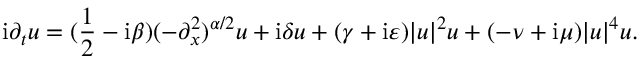
\mathrm { i } \partial _ { t } u = ( \frac { 1 } { 2 } - \mathrm { i } \beta ) ( - \partial _ { x } ^ { 2 } ) ^ { \alpha / 2 } u + \mathrm { i } \delta u + ( \gamma + \mathrm { i } \varepsilon ) | u | ^ { 2 } u + ( - \nu + \mathrm { i } \mu ) | u | ^ { 4 } u .